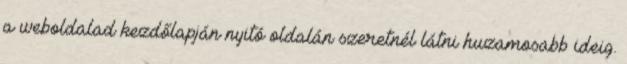
a weboldalad kezdőlapján nyitó oldalán szeretnél látni huzamosabb ideig.